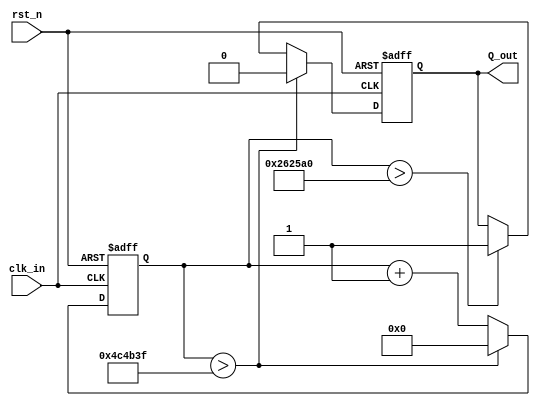
module div_by_N  #(parameter [23:0] N= 5000000, parameter Nb= 23) (  
   rst_n,        // active low reset
   clk_in,
   Q_out );
  
  // list external pins by name in XDC file
  output Q_out;
  input wire clk_in;     // 100kHz
  input  rst_n;
  
  wire reset;
  reg Q;
  reg [(Nb-1'b1):0] N_minus_1 = N-1'b1;
  reg [(Nb-1'b1):0] N_half = N >> 1'b1;
 
  // internal wires and reg
  reg [Nb-1'b1:0] count = 0;
  // ======================================================
  always @( posedge clk_in or posedge reset) begin
    if( reset) begin
      count <= 0;
      Q <= 0;
    end else begin
      count <= count + 1'b1;
      if (count > N_minus_1) begin
         Q <= 0;
         count <= 0;
      end else begin 
         if (count > N_half) begin
            Q <= 1;
         end
      end   
    end
   end  
  
  assign Q_out = Q;
  assign reset = !rst_n;
  
endmodule